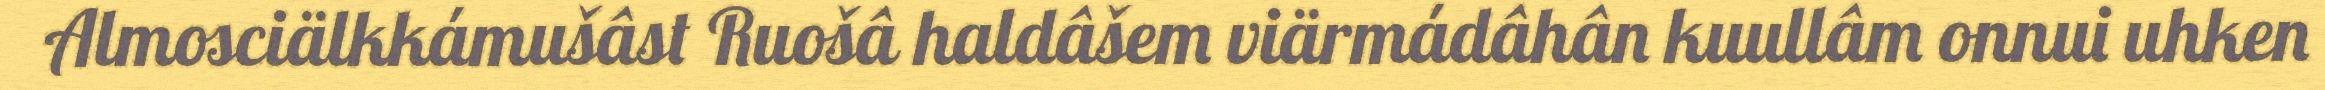
Almosciälkkámušâst Ruošâ haldâšem viärmádâhân kuullâm onnui uhken